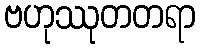
ဗဟုဿုတတရာ